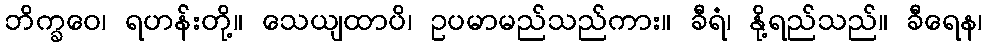
ဘိက္ခဝေ၊ ရဟန်းတို့။ သေယျထာပိ၊ ဥပမာမည်သည်ကား။ ခီရံ၊ နို့ရည်သည်။ ခီရေန၊